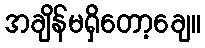
အချိန်မရှိတော့ချေ။